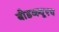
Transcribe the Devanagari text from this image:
बीडब्ल्यूएच